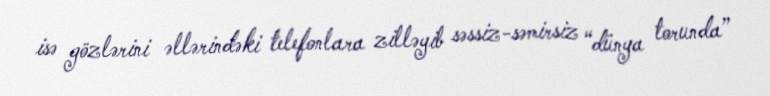
isə gözlərini əllərindəki telefonlara zilləyib səssiz-səmirsiz “dünya torunda”